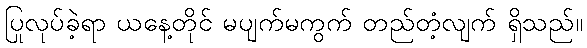
ပြုလုပ်ခဲ့ရာ ယနေ့တိုင် မပျက်မကွက် တည်တံ့လျက် ရှိသည်။